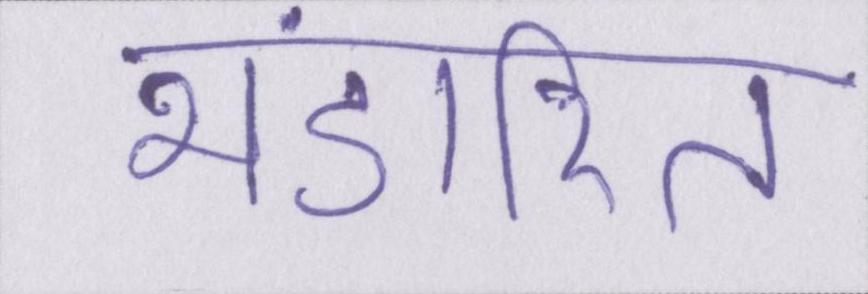
भंडारित